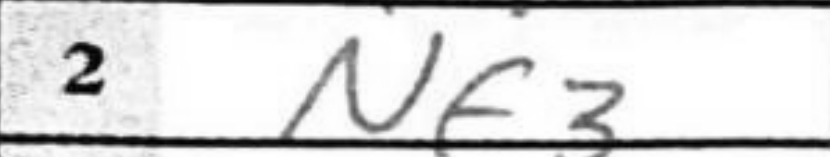
Transcription: Nf3